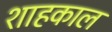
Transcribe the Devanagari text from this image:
शाहकाल